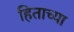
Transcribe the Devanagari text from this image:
हिताच्‍या